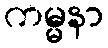
ကမ္မနာ